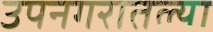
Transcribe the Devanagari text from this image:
उपनगरातल्या